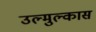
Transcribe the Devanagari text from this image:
उल्मुल्कास